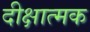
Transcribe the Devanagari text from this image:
दीक्षात्मक